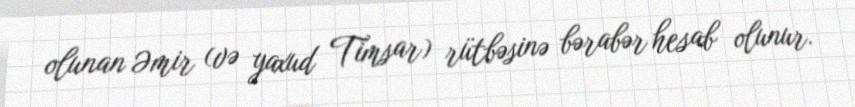
olunan Əmir (və yaxud Timsar) rütbəsinə bərabər hesab olunur.